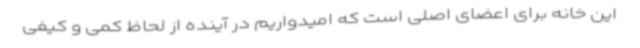
این خانه برای اعضای اصلی است که امیدواریم در آینده از لحاظ کمی و کیفی